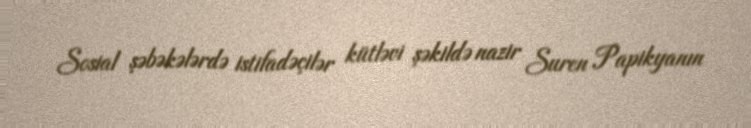
Sosial şəbəkələrdə istifadəçilər kütləvi şəkildə nazir Suren Papikyanın